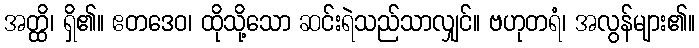
အတ္ထိ၊ ရှိ၏။ ဧတဒေဝ၊ ထိုသို့သော ဆင်းရဲသည်သာလျှင်။ ဗဟုတရံ၊ အလွန်များ၏။